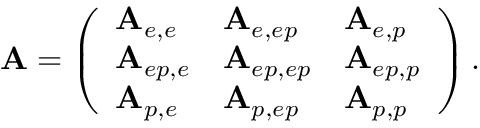
\mathbf { A } = \left( \begin{array} { l l l } { \mathbf { A } _ { e , e } } & { \mathbf { A } _ { e , e p } } & { \mathbf { A } _ { e , p } } \\ { \mathbf { A } _ { e p , e } } & { \mathbf { A } _ { e p , e p } } & { \mathbf { A } _ { e p , p } } \\ { \mathbf { A } _ { p , e } } & { \mathbf { A } _ { p , e p } } & { \mathbf { A } _ { p , p } } \end{array} \right) .